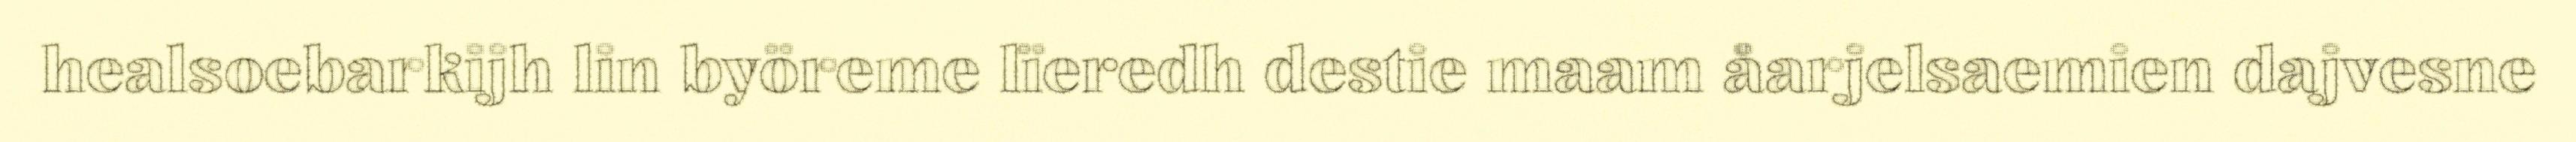
healsoebarkijh lin byöreme lïeredh destie maam åarjelsaemien dajvesne